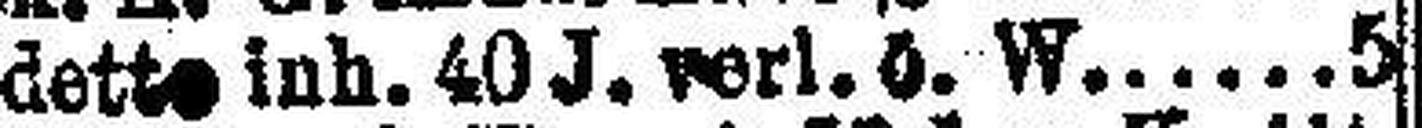
detto inh. 40 J. verl. ö. W. 5